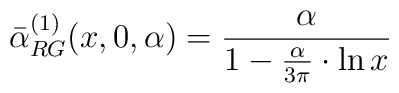
\bar\alpha^{(1)}_{RG}(x,0,\alpha)=\frac{\alpha}{1-\frac{\alpha}{3\pi}\cdot\ln x}